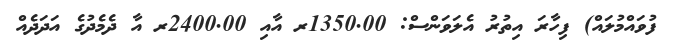
ފުވައްމުލައް) ފިހާރަ އިތުރު އެލަވަންސް: 1350.00ރ އާއި 2400.00ރ އާ ދެމެދުގެ އަދަދެއް